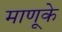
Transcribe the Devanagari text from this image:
माणूके